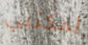
لمكتبي